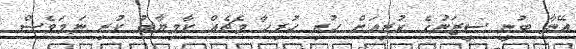
އޭނާ ބުނީ ސީޒަނުގެ ކުރިއަށް ހުރި ހުރިހާ މެޗެއް ކާމިޔާބު ކުރި ނަމަވެސް